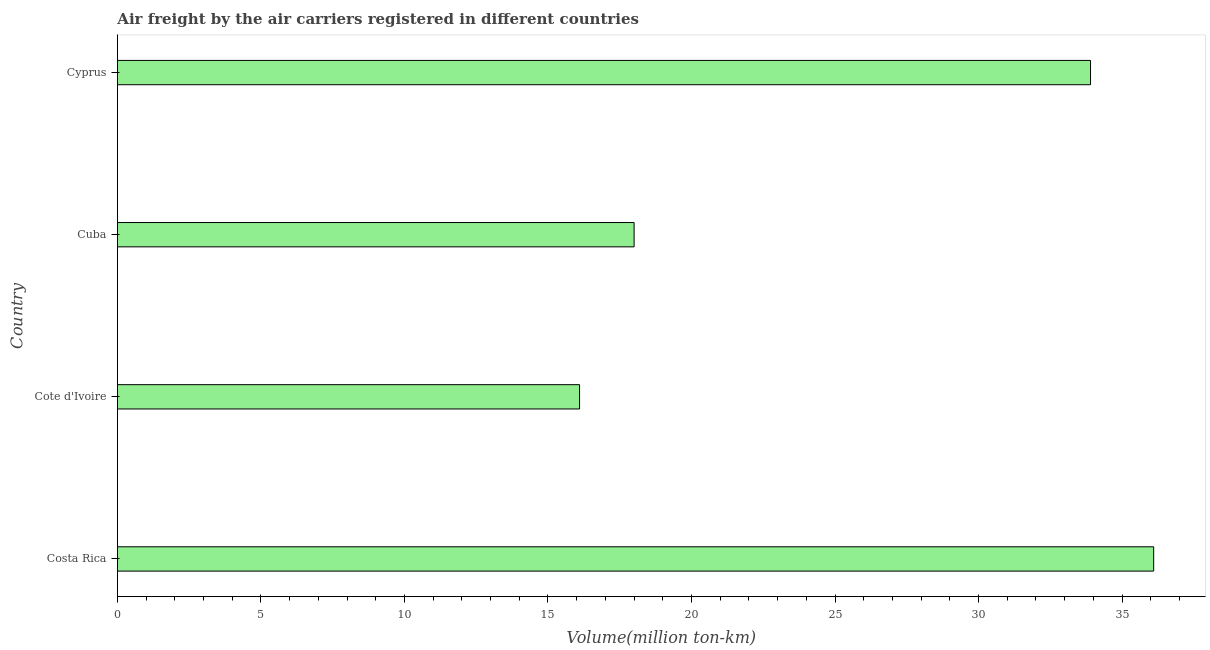
| Country | Air transport |
 | --- | --- |
 | Costa Rica | 36.1 |
 | Cote d'Ivoire | 16.1 |
 | Cuba | 18 |
 | Cyprus | 33.9 |